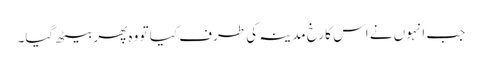
جب انہوں نے اس کا رخ مدینہ کی طرف کیا تو وہ پھر بیٹھ گیا۔